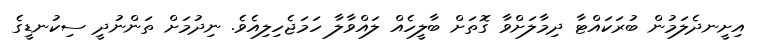
އިށީނދެލަމުން ބުރަކައްޓާ ދިމާލަށްވާ ގޮތަށް ބާލީހެއް ލައްވާލާ ހަމަޖެހިލިއެވެ. ނިދުމަށް ތަންނުދީ ސިކުނޑީގެ